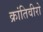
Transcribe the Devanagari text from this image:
क्रांतिवीरो